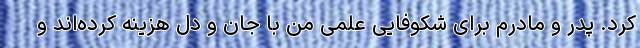
کرد. پدر و مادرم برای شکوفایی علمی من با جان و دل هزینه کرده‌اند و